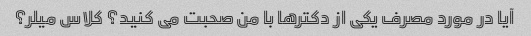
آیا در مورد مصرف یکی از دکترها با من صحبت می کنید؟ کلاس میلر؟